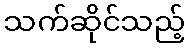
သက်ဆိုင်သည့်